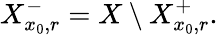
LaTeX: X_{x_{0},r}^{-}=X\setminus X_{x_{0},r}^{+}.